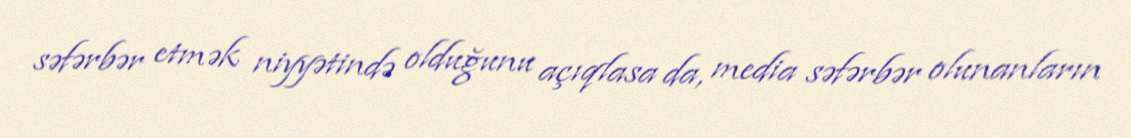
səfərbər etmək niyyətində olduğunu açıqlasa da, media səfərbər olunanların